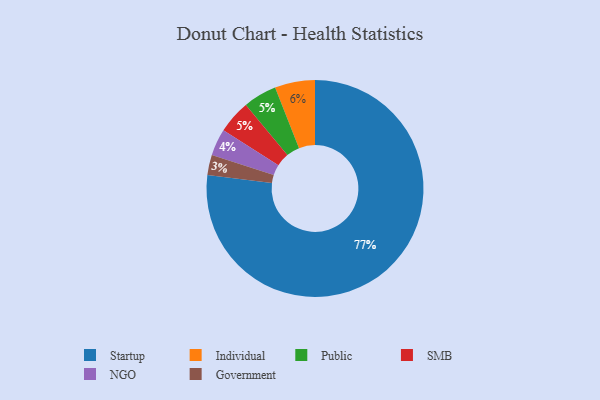
{"axis": {"x": "Category", "y": "Percentage"}, "legend": ["Government", "Individual", "NGO", "Public", "SMB", "Startup"], "data": [{"x": "Startup", "y": 77, "type": "Startup"}, {"x": "Individual", "y": 6, "type": "Individual"}, {"x": "Public", "y": 5, "type": "Public"}, {"x": "NGO", "y": 4, "type": "NGO"}, {"x": "SMB", "y": 5, "type": "SMB"}, {"x": "Government", "y": 3, "type": "Government"}]}